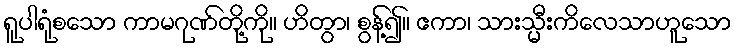
ရူပါရုံစသော ကာမဂုဏ်တို့ကို။ ဟိတွာ၊ စွန့်၍။ ဧကာ၊ သားသ္မီးကိလေသာဟူသော